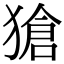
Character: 獊